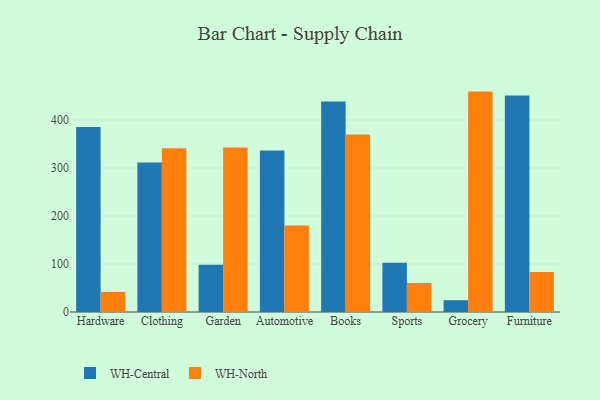
{"axis": {"x": "Category", "y": "Page Views"}, "legend": ["WH-Central", "WH-North"], "data": [{"x": "Hardware", "y": 385.3, "type": "WH-Central"}, {"x": "Hardware", "y": 41.9, "type": "WH-North"}, {"x": "Clothing", "y": 311.6, "type": "WH-Central"}, {"x": "Clothing", "y": 341.4, "type": "WH-North"}, {"x": "Garden", "y": 98.4, "type": "WH-Central"}, {"x": "Garden", "y": 342.5, "type": "WH-North"}, {"x": "Automotive", "y": 336.5, "type": "WH-Central"}, {"x": "Automotive", "y": 180.1, "type": "WH-North"}, {"x": "Books", "y": 438.8, "type": "WH-Central"}, {"x": "Books", "y": 369.7, "type": "WH-North"}, {"x": "Sports", "y": 102.5, "type": "WH-Central"}, {"x": "Sports", "y": 60.4, "type": "WH-North"}, {"x": "Grocery", "y": 24.6, "type": "WH-Central"}, {"x": "Grocery", "y": 459.2, "type": "WH-North"}, {"x": "Furniture", "y": 451.1, "type": "WH-Central"}, {"x": "Furniture", "y": 83.4, "type": "WH-North"}]}